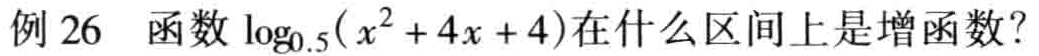
例 26 函数\(\log_{0.5}(x^{2}+4x + 4)\)在什么区间上是增函数？